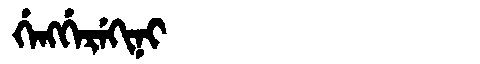
Manchu: ᡤᡝᠩᡤᡝᡵᡝᡴᡳᠨᡳ
Romanization: GENGGEREKINI